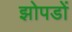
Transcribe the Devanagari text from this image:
झोपडों